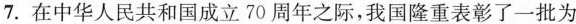
7. 在中华人民共和国成立70周年之际，我国隆重表彰了一批为